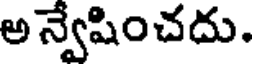
అ న్వేషించదు.